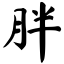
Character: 胖